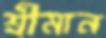
শ্রীমান